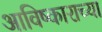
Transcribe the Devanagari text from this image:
आविष्काराच्या